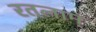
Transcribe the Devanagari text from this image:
रतलाम्